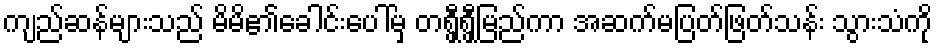
ကျည်ဆန်များသည် မိမိ၏ခေါင်းပေါ်မှ တရွှီရွှီမြည်ကာ အဆက်မပြတ်ဖြတ်သန်း သွားသံကို